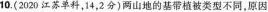
10.(2020江苏单科，14，2分)两山地的基带植被类型不同，原因